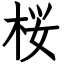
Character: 桜